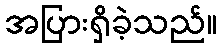
အပြားရှိခဲ့သည်။